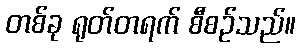
တစ်ခု ရုတ်တရက် စီစဉ်သည်။